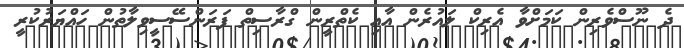
ދެ ނޫސްވެރިން ކަމަށްވާ އެރިކް ލައުރެން އާއި ކެތްރީން ގްރާސިތް ފަރަންސޭސީވިލާތުން ހައްޔަރުކުރީ